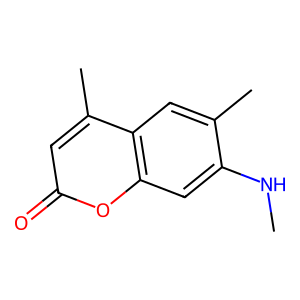
SMILES: CNc1cc2oc(=O)cc(C)c2cc1C
Inhibits HIV replication: No